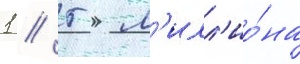
1 / 5 м'илл'ио́на